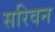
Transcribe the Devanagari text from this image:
सरिवन